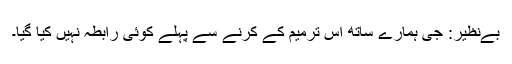
بےنظیر: جی ہمارے ساتھ اس ترمیم کے کرنے سے پہلے کوئی رابطہ نہیں کیا گیا۔